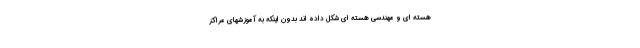
هسته ای و مهندسی هسته ای شکل داده اند بدون اینکه به آموزشهای مراکز